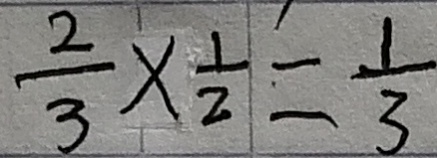
\frac { 2 } { 3 } \times \frac { 1 } { 2 } = \frac { 1 } { 3 }